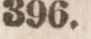
396.